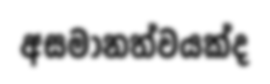
අසමානත්වයක්ද